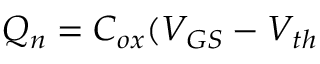
Q _ { n } = C _ { o x } ( V _ { G S } - V _ { t h }